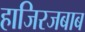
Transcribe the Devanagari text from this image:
हाजिरजबाब